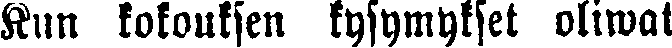
Kun kokouksen kysymykset oliwat